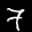
Label: 7